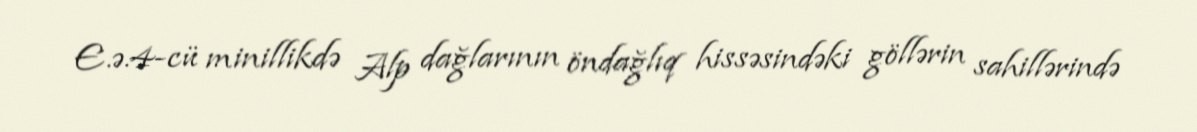
E.ə.4-cü minillikdə Alp dağlarının öndağlıq hissəsindəki göllərin sahillərində